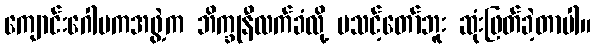
ကျောင်းဂေါပကအဖွဲ့က ဘိက္ခုနီလက်ခံလို့ မသင့်တော်ဘူး ဆုံးဖြတ်ခဲ့တာပါ။